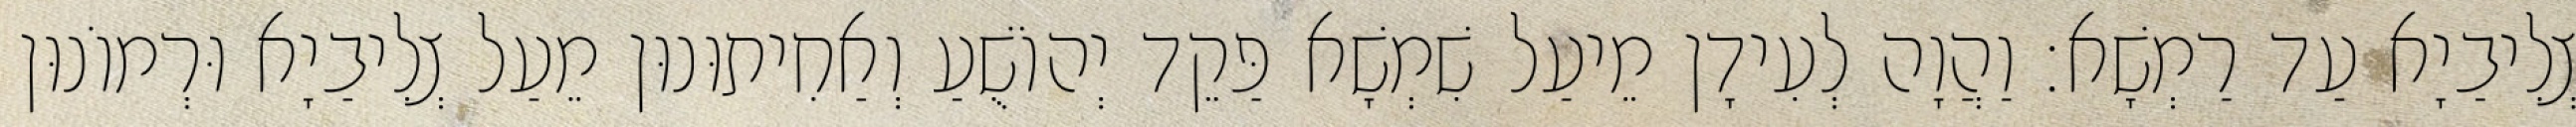
צְלִיבַיָא עַד רַמְשָׁא׃ וַהֲוָה לְעִידָן מֵיעַל שִׁמְשָׁא פַּקֵד יְהוֹשֻׁעַ וְאַחִיתוּנוּן מֵעַל צְלִיבַיָא וּרְמוֹנוּן